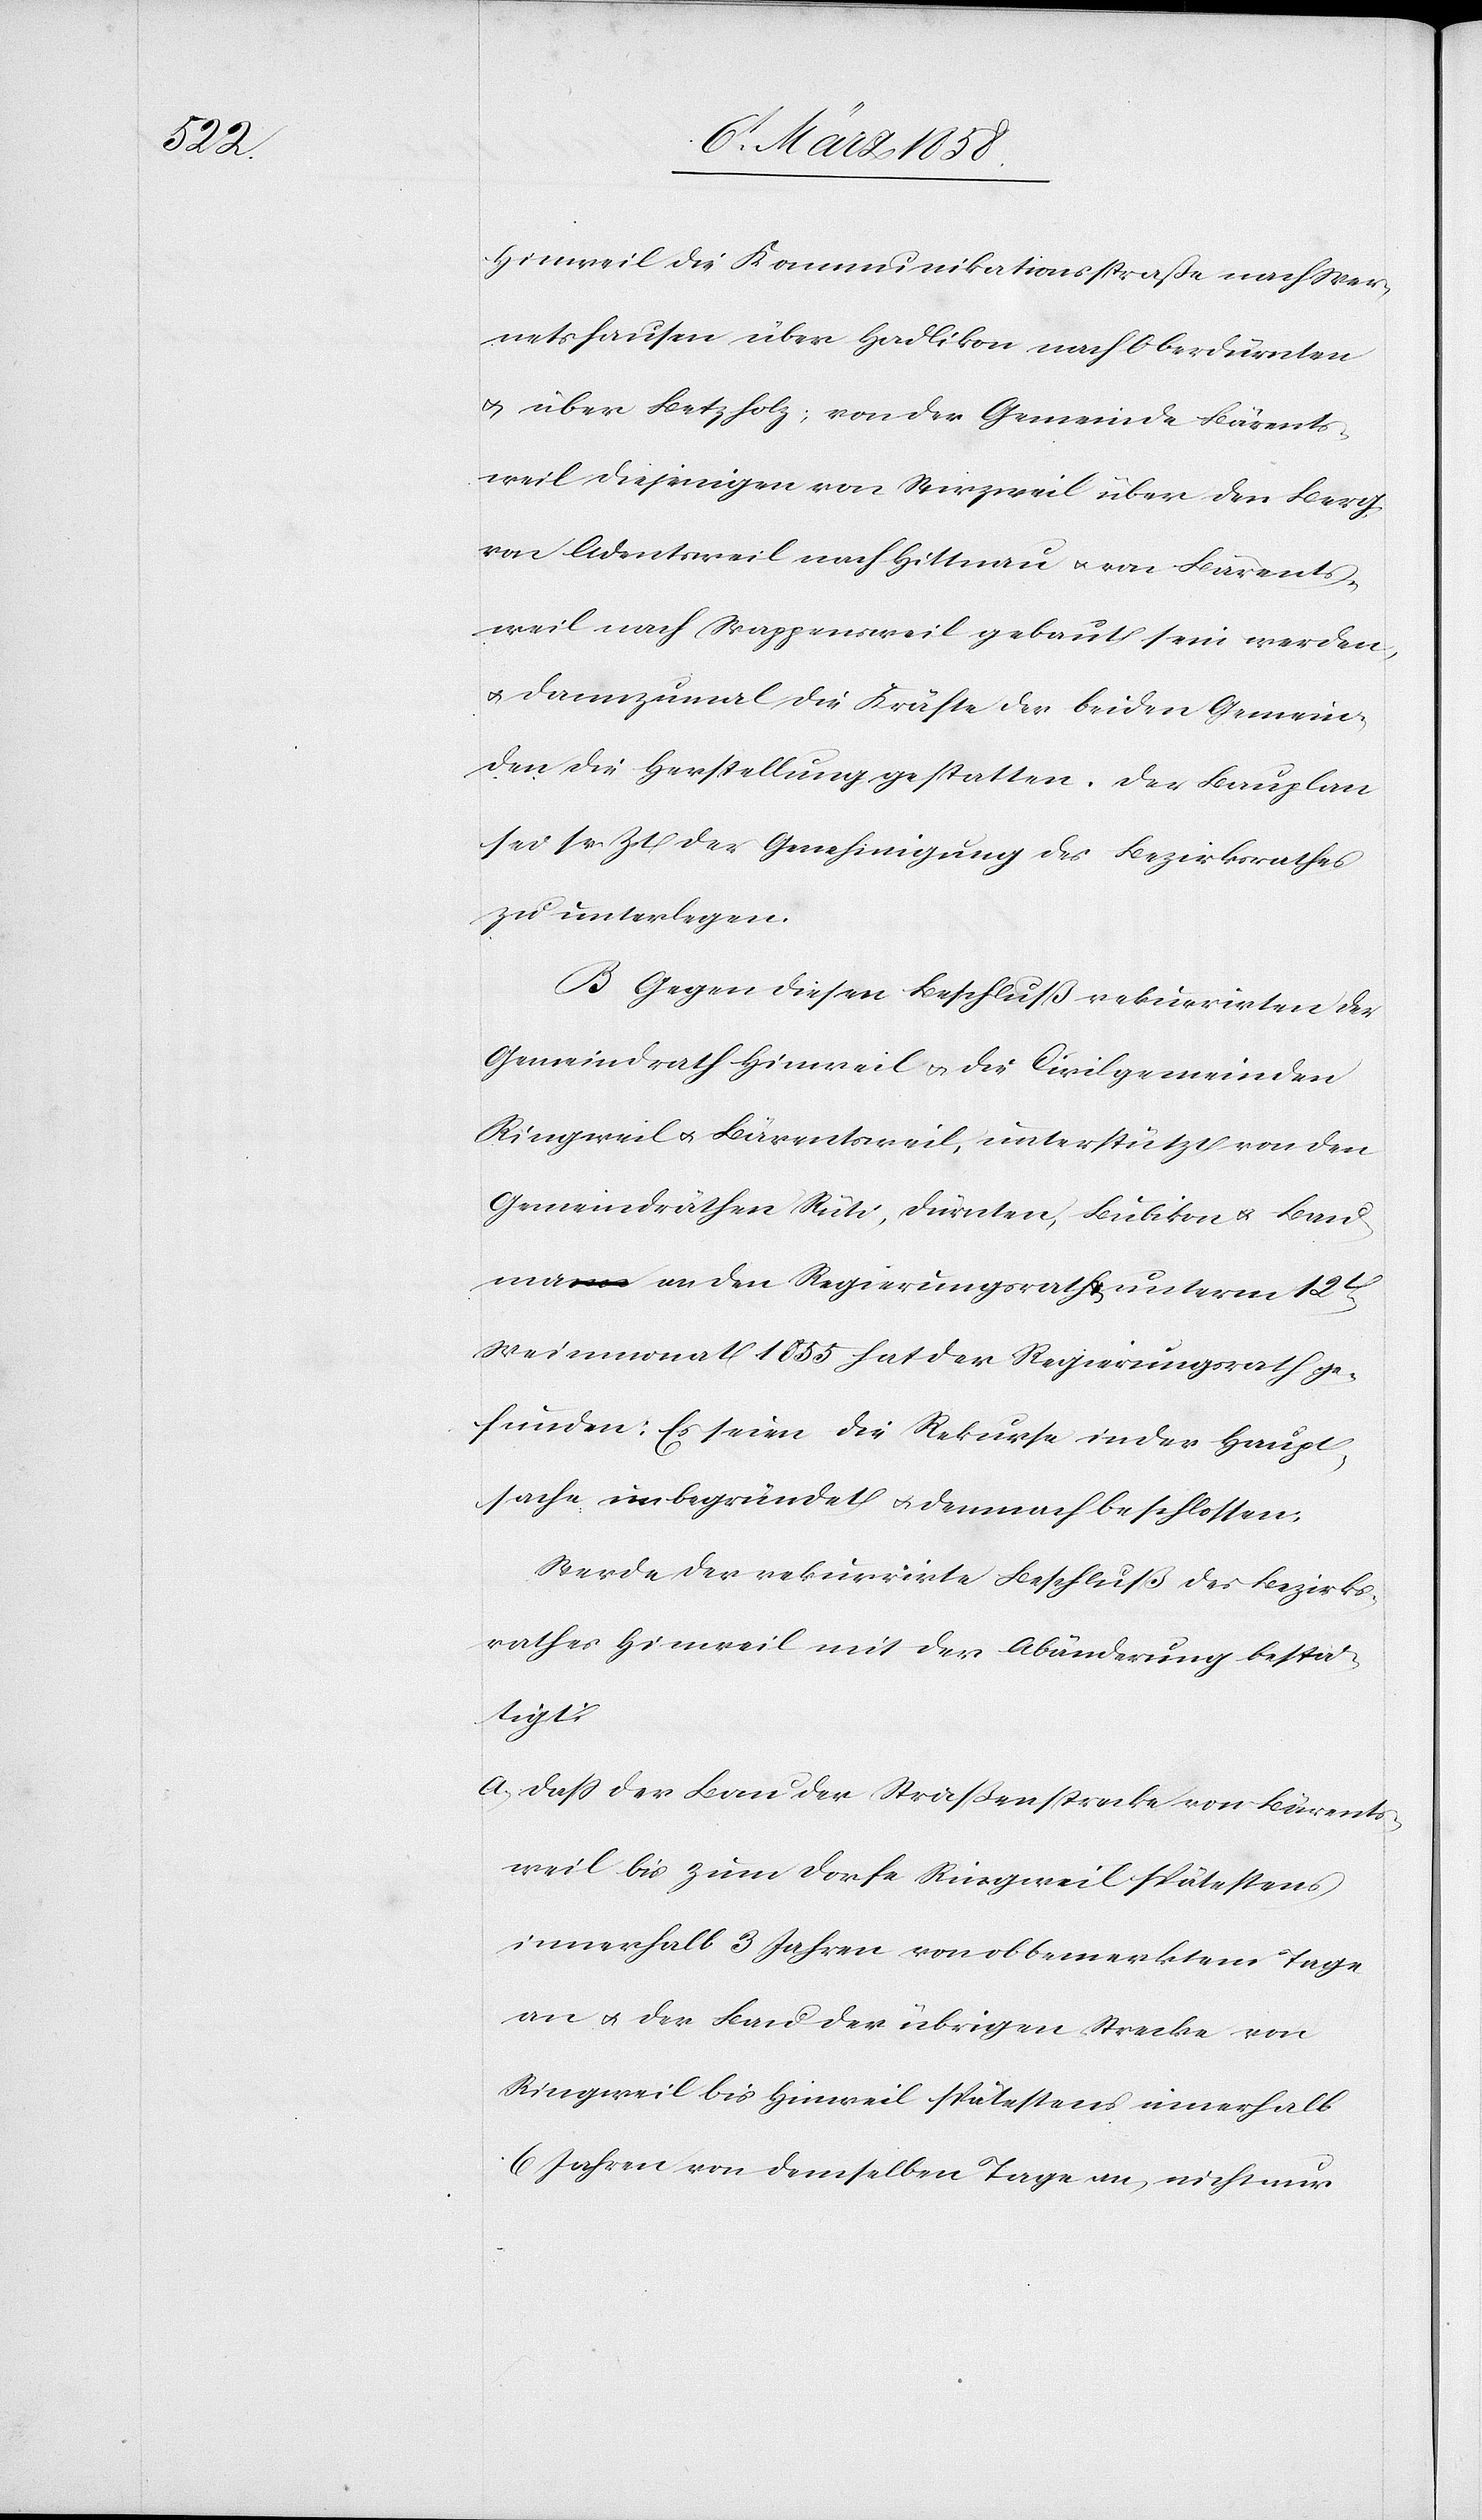
Hinweil die Kommunikationsstraße nach Wer¬
netshausen über Hadlikon nach Oberdürnten
u. über Betzholz, von der Gemeinde Bärents¬
weil diejenigen von R[ing?]weil über den Berg
von Adentsweil nach Hinttnau u. von Bärents¬
weil nach Rappensweil gebaut sein werden,
u. dannzumal die Kräfte der beiden Gemein¬
den die Herstellung gestatten. Der Bauplan
sei sr. Zt. der Genehmigung des Bezirksrathes
zu unterlegen.
B. Gegen diesen Beschluß rekurrirten der
Gemeindrath Hinweil u. die Civilgemeinden
Ringweil u. Bärentsweil, unterstützt von den
Gemeindräthen Rüti, Dürnten, Bubikon u. Bau¬
ma an den Regierungsrath unterm 12ten
Weinmonat 1855 hat der Regierungsrath ge¬
funden: Es seien die Rekurse in der Haupt¬
sache unbegründet u. demnach beschlossen:
Werde der rekurrirte Beschluß des Bezirks¬
rathes Hinweil mit der Abänderung bestä¬
tigt:
a) daß der Bau der Straßenstrecke von Bärents¬
weil bis zum Dorfe Ringweil spätestens
innerhalb 3 Jahren von obbemerktem Tage
an u. der Bau der übrigen Strecke von
Ringweil bis Hinweil spätestens innerhalb
6 Jahren von demselben Tage an, nicht nur